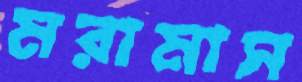
মরামাস